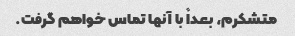
متشکرم، بعداً با آنها تماس خواهم گرفت.